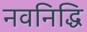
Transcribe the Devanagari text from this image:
नवनिद्धि